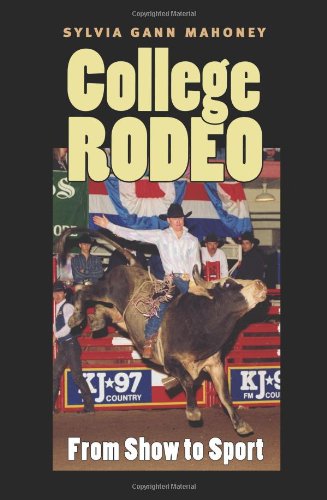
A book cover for College Rodeo: From Show to Sport (Centennial Series of the Association of Former Students, Texas A&M University); Sylvia Gann Mahoney; Sports & Outdoors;